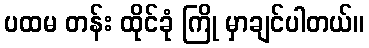
ပထမ တန်း ထိုင်ခုံ ကြို မှာချင်ပါတယ်။